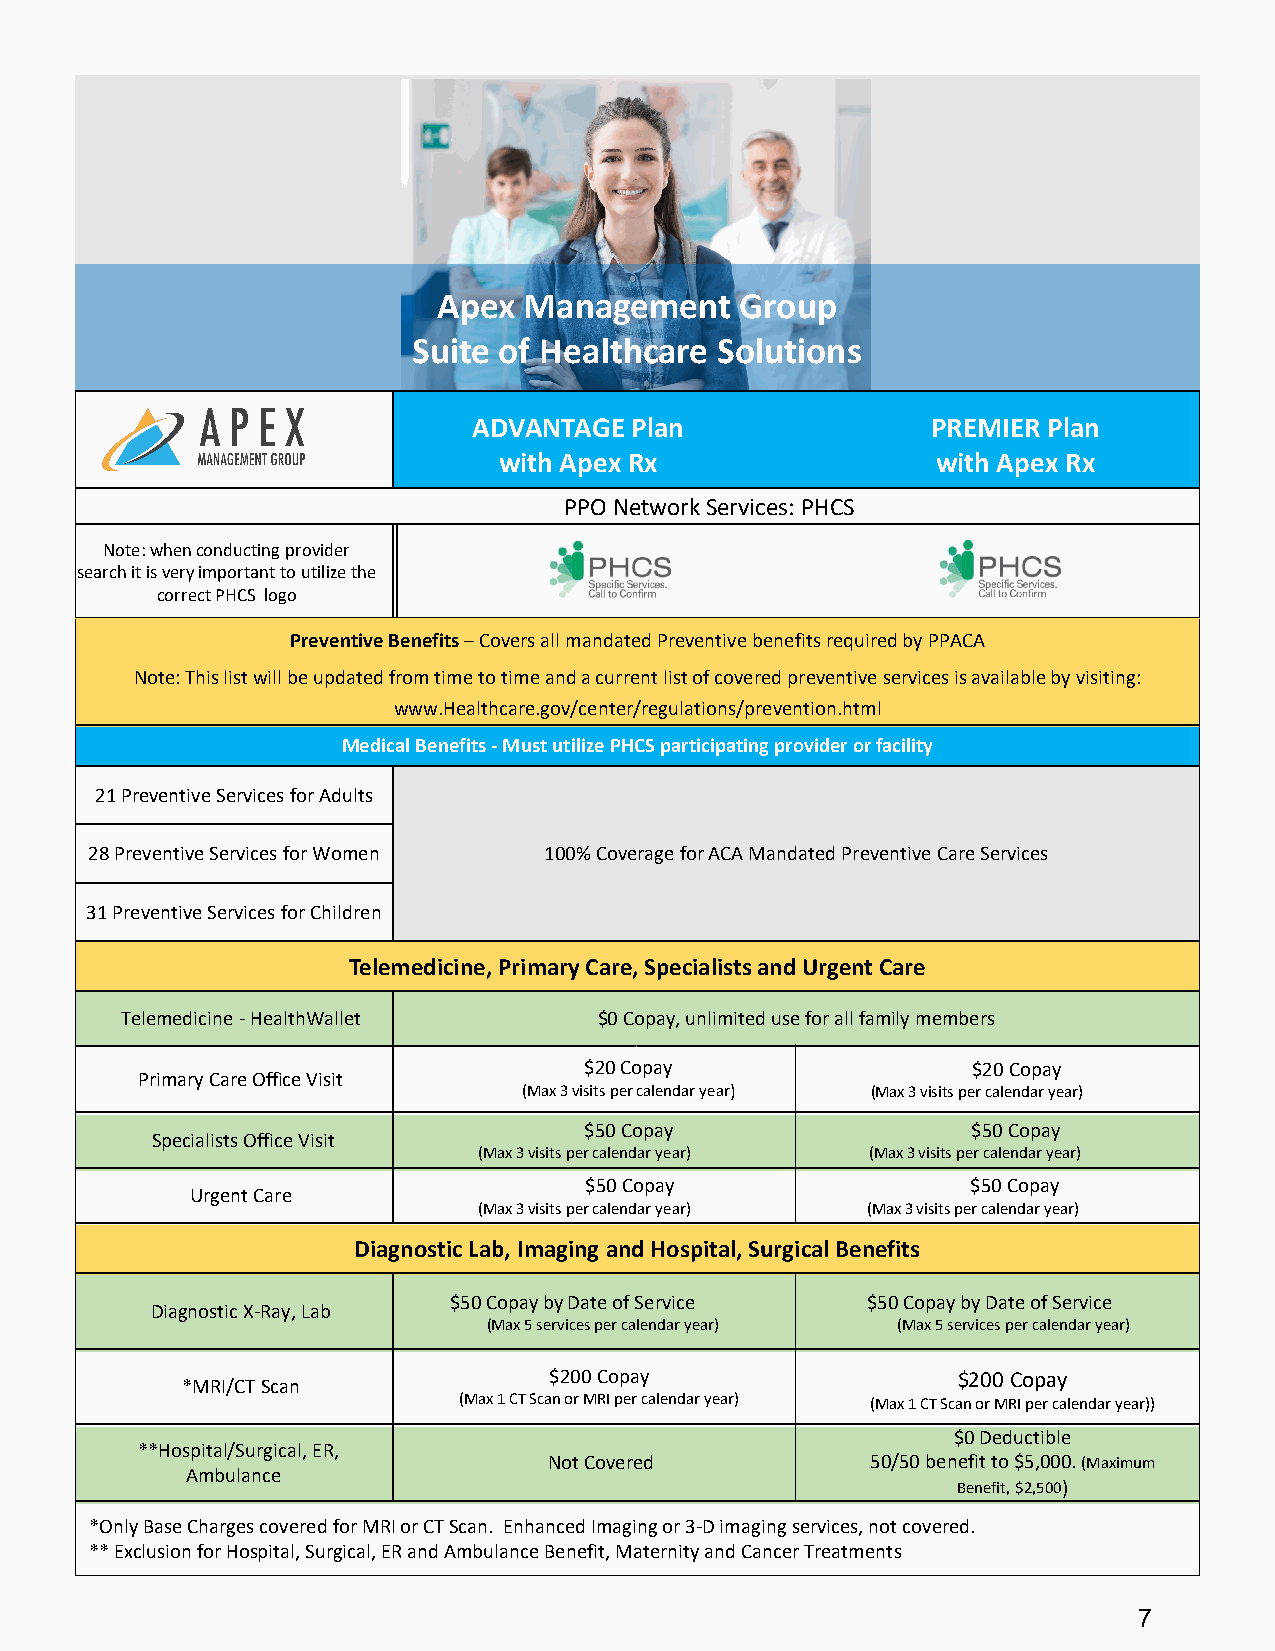
Apex  Management    Group
 Suite of Healthcare Solutions
 ADVANTAGE  Plan                PREMIER Plan
 with Apex Rx                 with Apex Rx
 PPO Network Services: PHCS
 Note: when conducting provider
 search it is very important to utilize the
 correct PHCS logo
 Preventive Benefits –Covers all mandated Preventive benefits required by PPACA
 Note: This list will be updated from time to time and a current list of covered preventive services is available by visiting:
 www.Healthcare.gov/center/regulations/prevention.html
 Medical Benefits -Must utilize PHCS participating provider or facility
 21 Preventive Services for Adults
 28 Preventive Services for Women 100% Coverage for ACA Mandated Preventive Care Services
 31 Preventive Services for Children
 Telemedicine, Primary Care, Specialists and Urgent Care
 Telemedicine -HealthWallet      $0 Copay, unlimited use for all family members
 $20 Copay                $20 Copay
 Primary Care Office Visit
 (Max 3 visits per calendar year) (Max 3 visits per calendar year)
 $50 Copay                $50 Copay
 Specialists Office Visit
 (Max 3 visits per calendar year) (Max 3 visits per calendar year)
 $50 Copay                $50 Copay
 Urgent Care
 (Max 3 visits per calendar year) (Max 3 visits per calendar year)
 Diagnostic Lab, Imaging and Hospital, Surgical Benefits
 $50 Copay by Date of Service $50 Copay by Date of Service
 Diagnostic X-Ray, Lab
 (Max 5 services per calendar year) (Max 5 services per calendar year)
 $200 Copay                 $200 Copay
 *MRI/CT Scan
 (Max 1 CT Scan or MRI per calendar year) (Max 1 CT Scan or MRI per calendar year))
 $0 Deductible
 **Hospital/Surgical, ER,
 Not Covered           50/50 benefit to $5,000. (Maximum
 Ambulance
 Benefit, $2,500)
 *Only Base Charges covered for MRI or CT Scan. Enhanced Imaging or 3-D imaging services, not covered.
 ** Exclusion for Hospital, Surgical, ER and Ambulance Benefit, Maternity and Cancer Treatments
 7